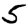
Digit: 5